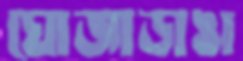
ঘোজাডাঙা